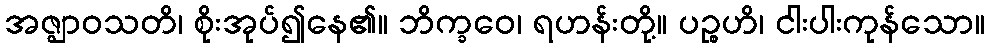
အဇ္ဈာဝသတိ၊ စိုးအုပ်၍နေ၏။ ဘိက္ခဝေ၊ ရဟန်းတို့။ ပဉ္စဟိ၊ ငါးပါးကုန်သော။